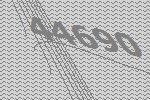
44690